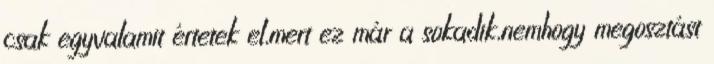
csak egyvalamit értetek el,mert ez már a sokadik,nemhogy megosztást